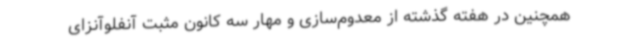
همچنین در هفته گذشته از معدوم‌سازی و مهار سه کانون مثبت آنفلوآنزای